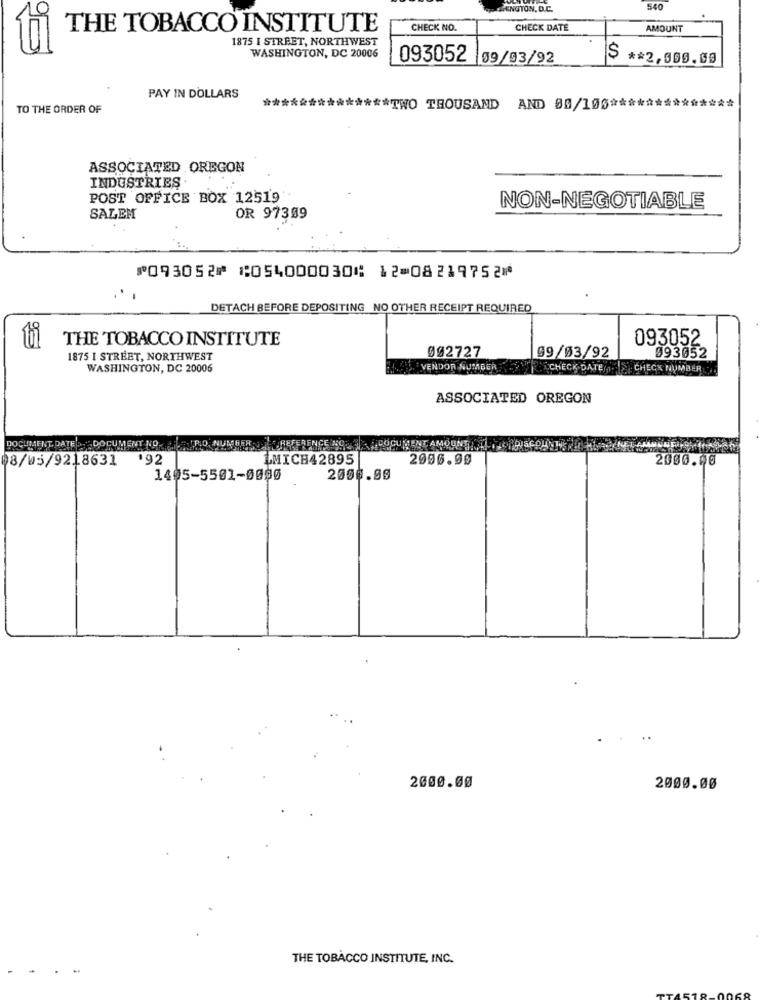
SINGTON, D.C.
540
THE TOBACCO INSTITUTE
CHECK NO.
CHECK DATE
AMOUNT
1875 I STREET, NORTHWEST
WASHINGTON, DC 20006
093052 09/93/92
$ ** 2,500.00
PAY IN DOLLARS
TO THE ORDER OF
*** TWO THOUSAND AND 08/105 ****
ASSOCIATED OREGON
INDUSTRIES.
POST OFFICE BOX 12519
NON-NEGOTIABLE
SALEM
OR 97309
⑈093052⑈ ⑆054000030⑆ 12⑉08219752⑈
DETACH BEFORE DEPOSITING NO OTHER RECEIPT REQUIRED
THE TOBACCO INSTITUTE
093052
ti
1875 I STREET, NORTHWEST
002727
09/03/92
993052
WASHINGTON, DC 20006
VENDOR NUMBER
CHECK DATE . CHECK NUMBER
ASSOCIATED OREGON
DOCUMENT DATE > "DOCUMENT NO. RO, NUMGER REFERENCE COCOGUMENT AMOUNT
08/05/9218631
192
LMICH42895
2006.00
2000.00
1405-5501-0000
2006.09
2000.00
2000.00
THE TOBACCO INSTITUTE, INC.